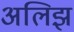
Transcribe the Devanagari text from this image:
अलिझ